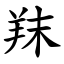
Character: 䍪